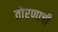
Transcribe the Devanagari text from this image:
तोरणाची